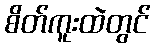
စိတ်ကူးထဲတွင်